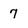
Character: 7